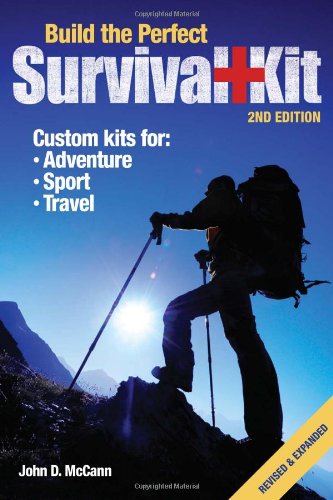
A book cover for Build the Perfect Survival Kit; John D. McCann; Sports & Outdoors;